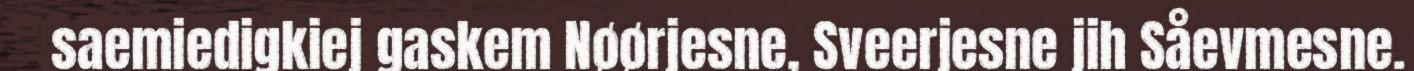
saemiedigkiej gaskem Nøørjesne, Sveerjesne jih Såevmesne.